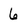
Character: 6